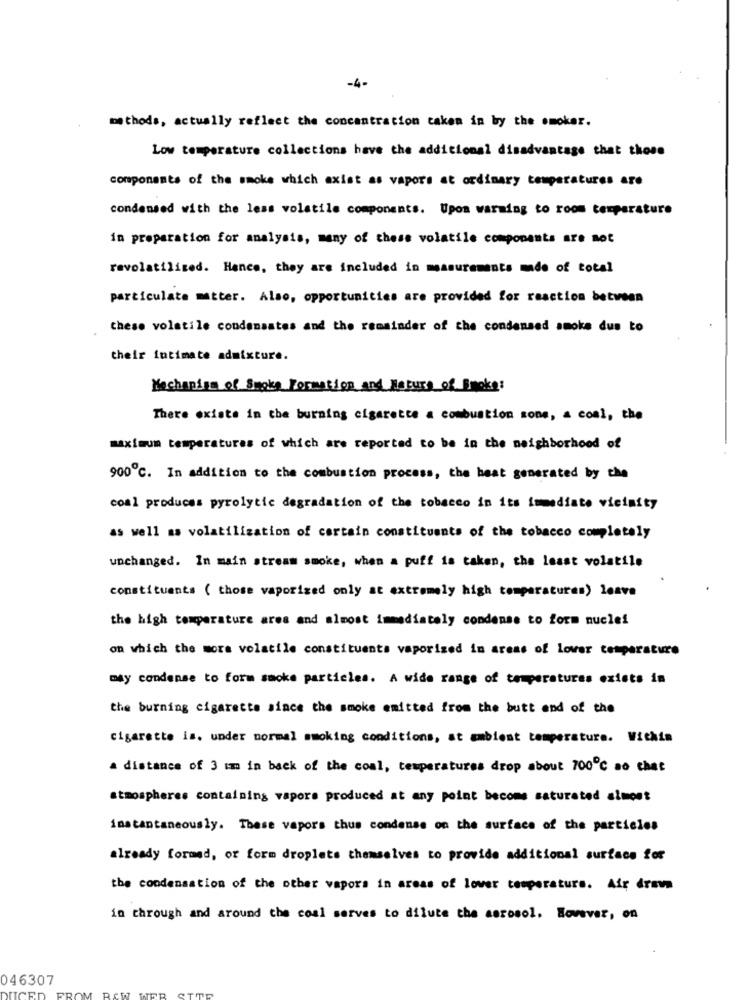
-4-
methods, actually reflect the concentration taken in by the smoker.
Low temperature collections have the additional disadvantage that these
components of the smoke which axist as vapore at ordinary temperatures are
condensed with the less volatile components. Upon warming to room temperature
in preparation for analysis, many of these volatile components are not
revolatilized. Hence, they are included in measurements made of total
particulate matter. Also, opportunities are provided for reaction between
these volatile condensates and the remainder of the condensed smoke dus to
their intimate admixture.
Mechanism of Smoke Formation and Nature of Smoke:
There exists in the burning cigarette a combustion sone, a coal, the
maximum temperatures of which are reported to be in the neighborhood of
900℃. In addition to the combustion process, the beat generated by che
coal produces pyrolytic degradation of the tobacco in its immediate vicinity
as well as volatilization of certain constituents of the tobacco completely
unchanged. In main stream smoke, when a puff is taken, the least volatile
constituents ( those vaporized only at extremely high temperatures) leave
the high temperature area and almost immediately condense to form nuclei
on which the more volatile constituents vaporized in areas of lover temperature
may condense to form smoke particles. A wide range of temperatures exists in
the burning cigarette since the smoke emitted from the butt end of the
cigarette is. under normal smoking conditions, at ambient temperature. Within
a distance of 3 km in back of the coal, temperatures drop about 700℃ ao chat
atmospheres containing vapors produced at any point become saturated almost
instantaneously. These vapors thus condense on the surface of the particles
already formed, or form droplets themselves to provide additional surface for
the condensation of the other vapors in areas of lower temperaturs. Air drawn
in through and around the coal serves to dilute the aerosol. However, on
046307